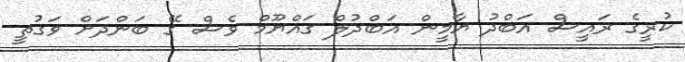
ކުރީގެ ރައީސް އަބްދު ޔާމީން އަބްދުލް ގައްޔޫމް ވެސް ގޭ ބަންދަށް ވަގުތީ